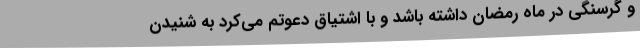
و گرسنگی در ماه رمضان داشته باشد و با اشتیاق دعوتم می‌کرد به شنیدن